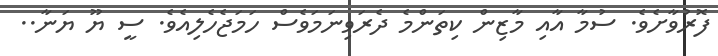
ފޮރުވާށެވެ. ސުމާ އާއި މާޒިން ކިތަންމެ ދެރަވިނަމަވެސް ހަމަޖެހެލިއެވެ. ސީ ޔޫ ޔަނާ..